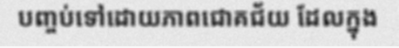
បញ្ចប់ទៅដោយភាពជោគជ័យ ដែលក្នុង